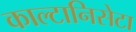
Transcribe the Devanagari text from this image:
काल्टानिसेटा